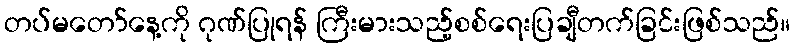
တပ်မတော်နေ့ကို ဂုဏ်ပြုရန် ကြီးမားသည့်စစ်ရေးပြချီတက်ခြင်းဖြစ်သည်။